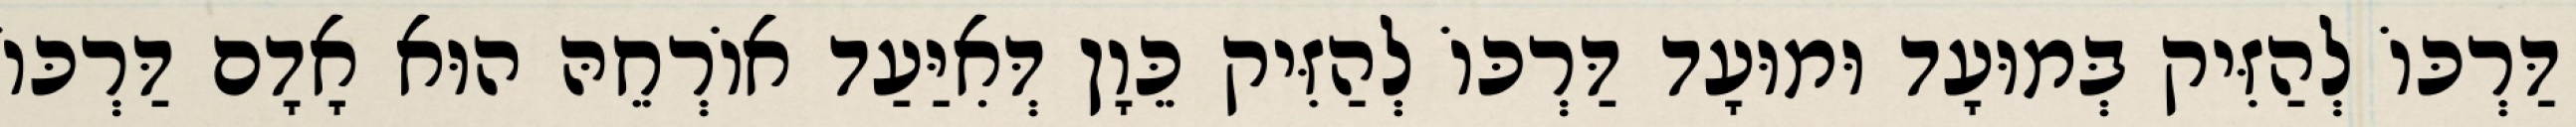
דַּרְכּוֹ לְהַזִּיק בְּמוּעָד וּמוּעָד דַּרְכּוֹ לְהַזִּיק כֵּוָן דְּאִיַּעַד אוֹרְחֵהּ הוּא אָדָם דַּרְכּוֹ